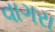
વાગરા